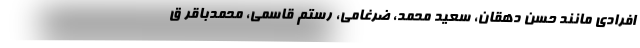
افرادی مانند حسن دهقان، سعید محمد، ضرغامی، رستم قاسمی، محمدباقر ق